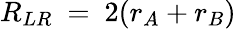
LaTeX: R_{LR}~=~2(r_{A}+r_{B})